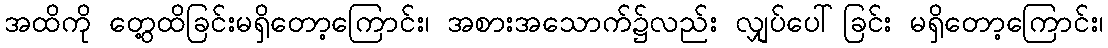
အထိကို တွေ့ထိခြင်းမရှိတော့ကြောင်း၊ အစားအသောက်၌လည်း လျှပ်ပေါ်ခြင်း မရှိတော့ကြောင်း၊